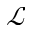
\mathcal { L }